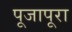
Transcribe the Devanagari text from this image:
पूजापूरा